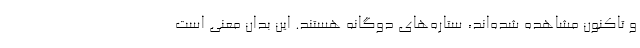
و تاکنون مشاهده شده‌اند، ستاره‌های دوگانه هستند. این بدان معنی است